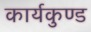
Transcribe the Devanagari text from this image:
कार्यकुण्ड